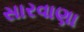
સારવાણા